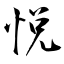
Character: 悦